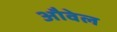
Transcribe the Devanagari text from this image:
औवेल